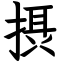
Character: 摂